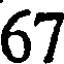
67